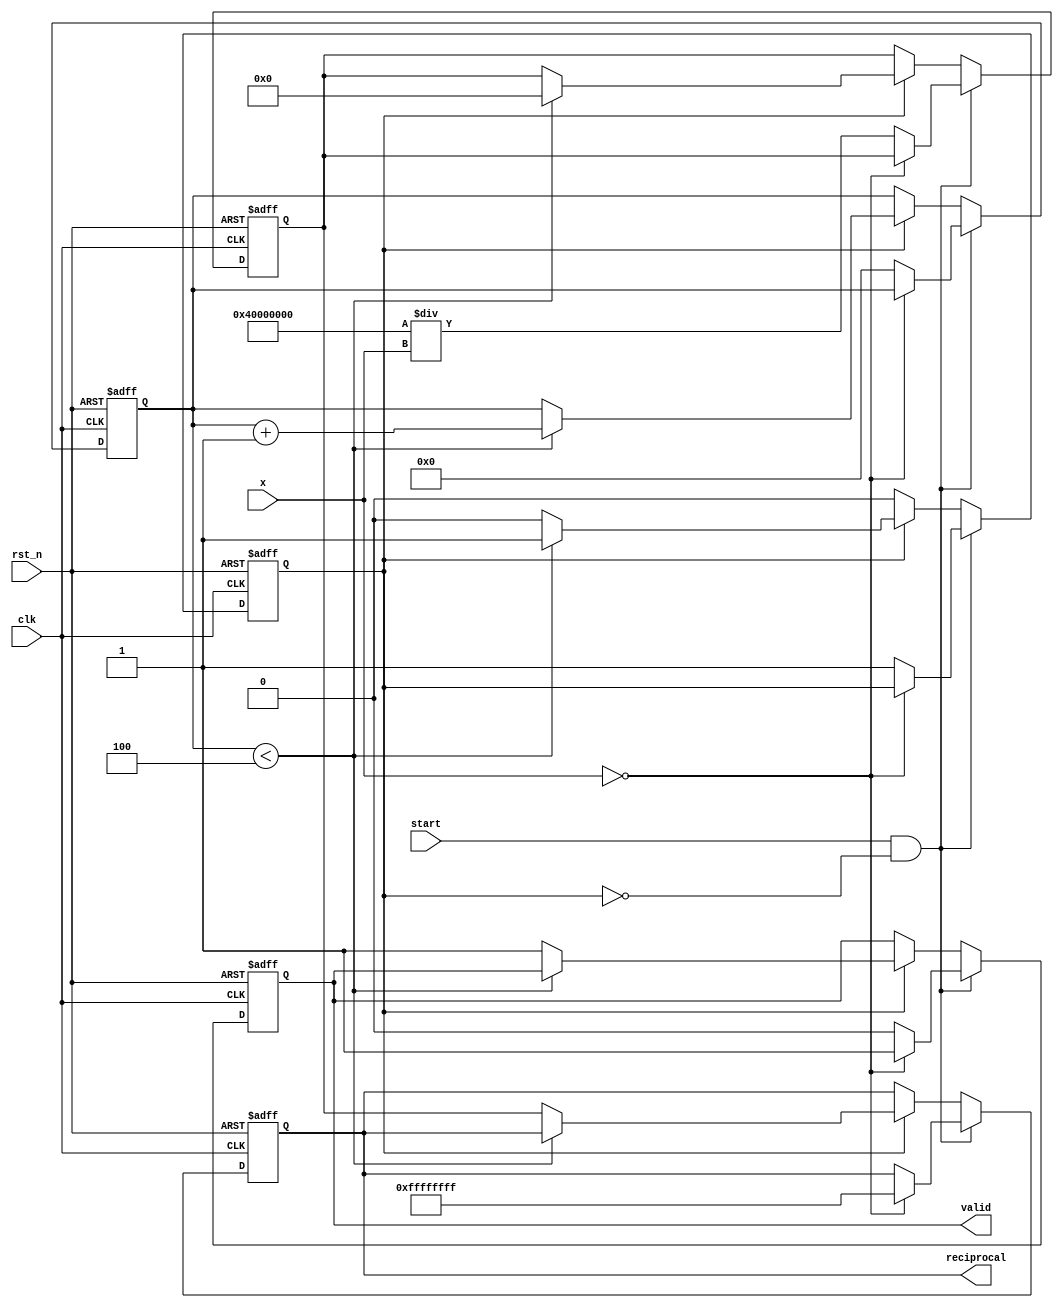
module BinaryFractionalReciprocal #(
    parameter N = 16, // Input width
    parameter M = 32  // Output width (should be greater than N)
)(
    input  wire clk,
    input  wire rst_n,
    input  wire [N-1:0] x,         // Input: N-bit fixed-point number
    input  wire start,              // Start signal for computation
    output reg [M-1:0] reciprocal,  // Output: M-bit reciprocal
    output reg valid                 // Output valid signal
);

    // Internal registers
    reg [M-1:0] approx;             // Approximation for the reciprocal
    reg [3:0] count;                // Iteration counter
    reg computing;                  // Flag to indicate computation state

    // Constants
    localparam MAX_ITER = 4;        // Maximum iterations for Newton-Raphson

    // State machine for computation
    always @(posedge clk or negedge rst_n) begin
        if (!rst_n) begin
            reciprocal <= 0;
            valid <= 0;
            approx <= 0;
            count <= 0;
            computing <= 0;
        end else begin
            if (start && !computing) begin
                // Check for zero input
                if (x == 0) begin
                    reciprocal <= {M{1'b1}}; // Large value for zero input (can be adjusted)
                    valid <= 1;
                end else begin
                    // Initialize approximation using a simple guess (1/x)
                    approx <= {1'b0, 1'b1, {M-2{1'b0}}} / x; // Initial guess
                    count <= 0;
                    computing <= 1;
                    valid <= 0;
                end
            end else if (computing) begin
                // Newton-Raphson iteration
                if (count < MAX_ITER) begin
                    approx <= approx * (2**M - x * approx) >> M; // Update approximation
                    count <= count + 1;
                end else begin
                    reciprocal <= approx;
                    valid <= 1;
                    computing <= 0;
                end
            end
        end
    end

endmodule